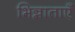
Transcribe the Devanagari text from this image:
भिन्नाताएँ